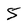
Character: 5